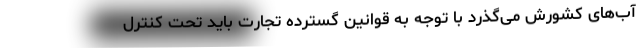
آب‌های کشورش می‌گذرد با توجه به قوانین گسترده تجارت باید تحت کنترل